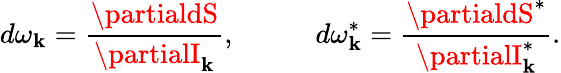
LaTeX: d\omega_{\mathbf{k}}=\frac{{\partialdS}}{{\partialI_{\mathbf{k}}}},\; \; \; \; \; \; \; \; \; \; d\omega_{\mathbf{k}}^{*}=\frac{{\partialdS^{*}}}{{\partialI_{\mathbf{k}}^{*}}}.